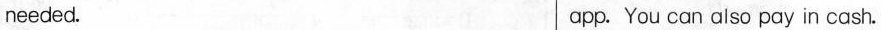
needed. app. You can also pay in cash.